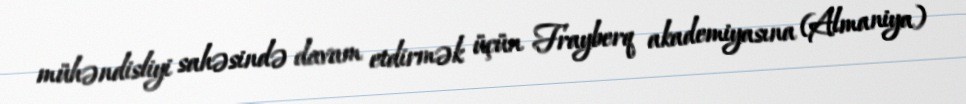
mühəndisliyi sahəsində davam etdirmək üçün Frayberq akademiyasına (Almaniya)